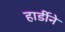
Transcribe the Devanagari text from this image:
हार्डीने